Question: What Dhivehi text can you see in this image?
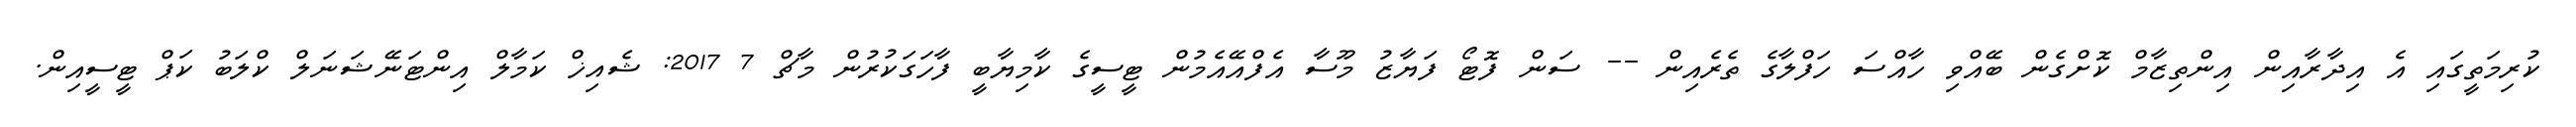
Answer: ކުރިމަތީގައި އެ އިދާރާއިން އިންތިޒާމް ކޮށްގެން ބޭއްވި ހާއްސަ ހަފްލާގެ ތެރެއިން -- ސަން ފޮޓޯ ފަޔާޒު މޫސާ އެފްއޭއެމުން ޓީސީގެ ކާމިޔާބީ ފާހަގަކުރުން މާޗް 7 2017: ޝެއިޚް ކަމާލް އިންޓަނޭޝަނަލް ކްލަބު ކަޕް ޓީސީއިން.